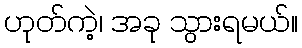
ဟုတ်ကဲ့၊ အခု သွားရမယ်။